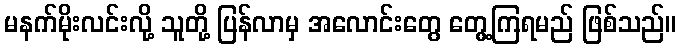
မနက်မိုးလင်းလို့ သူတို့ ပြန်လာမှ အလောင်းတွေ တွေ့ကြရမည် ဖြစ်သည်။